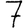
Digit: 7